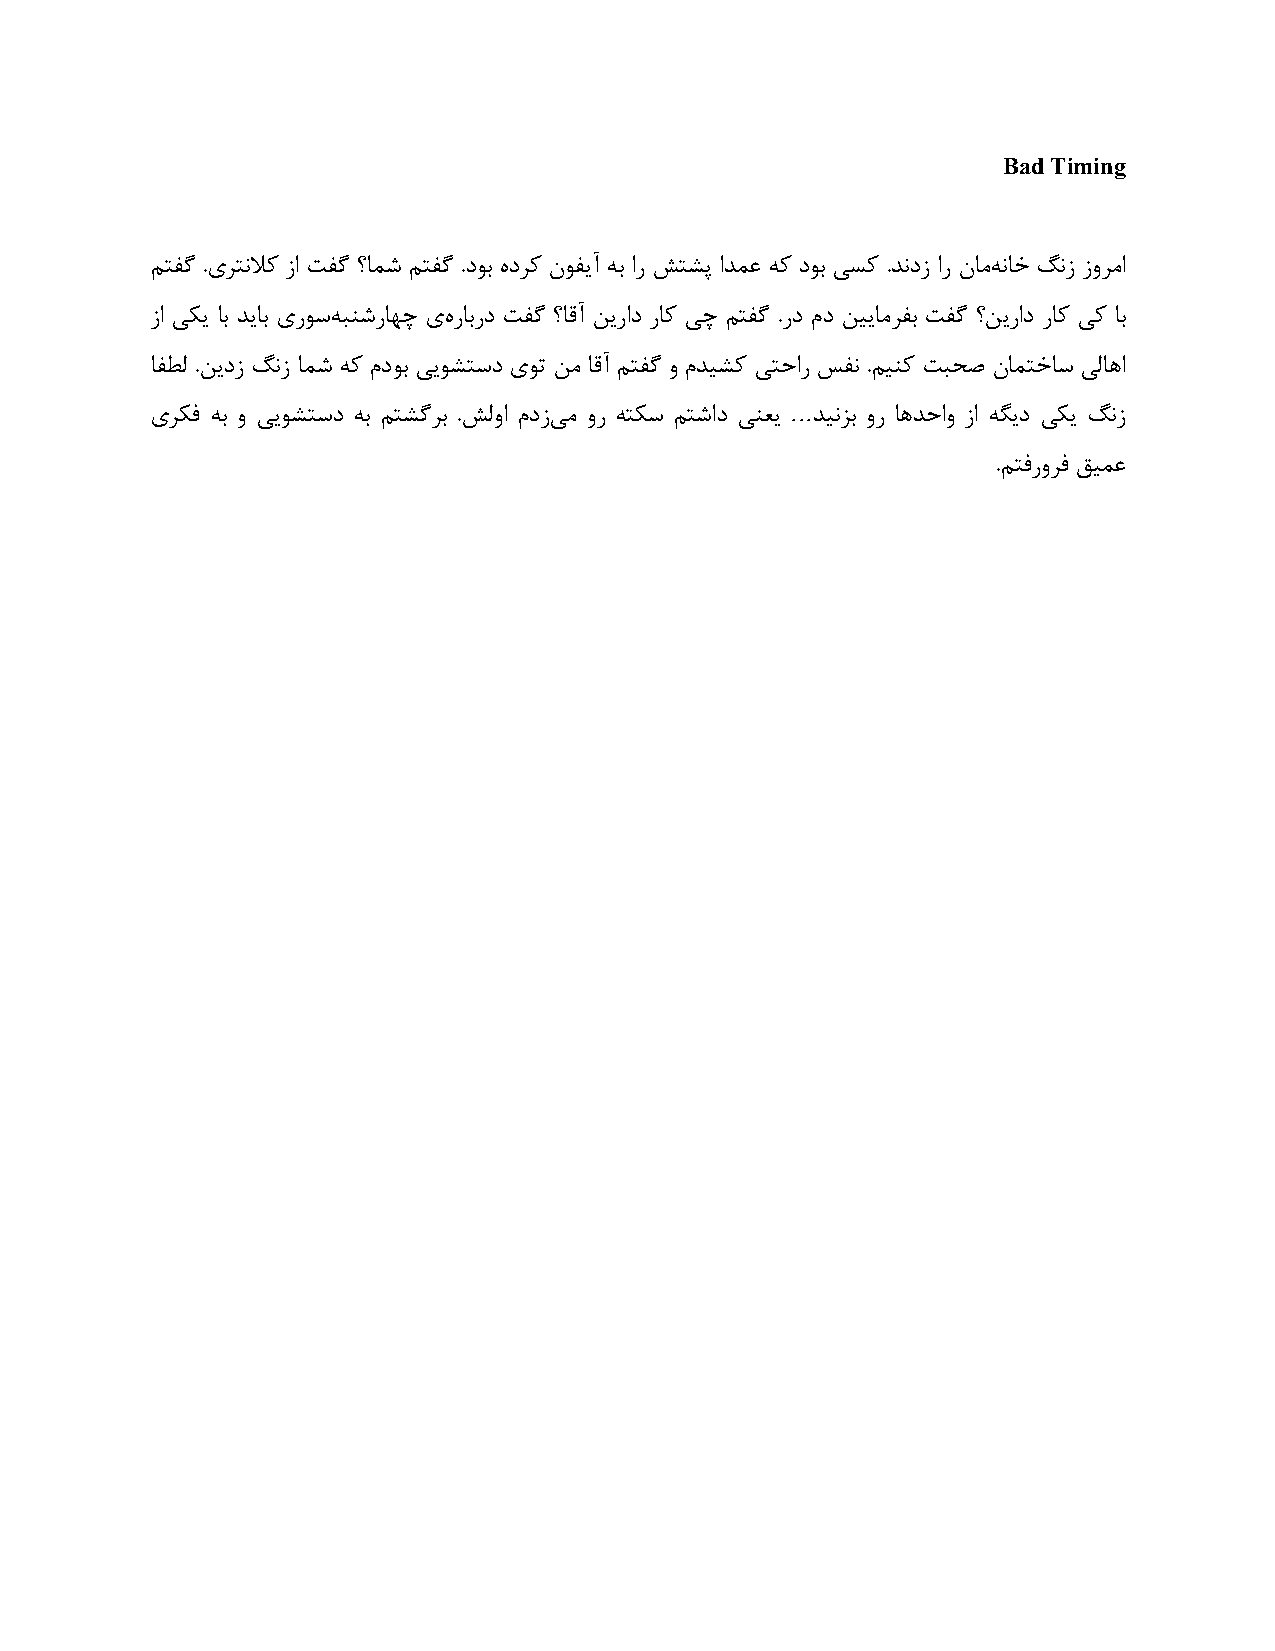
Bad Timing
 ٖتلُ .یلتٛلاً ما تلُ ؟بُ٘ ٖتلُ .ؿٞث ٟؿلً ٙٞلیآ ٠ث اك َتِپ اـ٘ػ ٠ً ؿٞث یًٌ .ـٛؿم اك ٙبٗ٠ ٛبؽ َٛم مٝلٗا
 ما یٌی بث ـیبث یكًٞ٠ جُٜكب٢ص یٟ كبثكؿ تلُ ؟بهآ ٚیكاؿ كبً یص ٖتلُ .كؿ ٕؿ ٚییبٗللث تلُ ؟ٚیكاؿ كبً یً بث
 بلٜٓ .ٚیؿم َٛم بُ٘ ٠ً ٕؿٞث ییِٞتًؿ یٞت ٚٗ بهآ ٖتلُ ٝ ٕـیًِ یتعاك يلٛ .ٖیًٜ تجغٓ ٙب٘تؽبً یٓب١ا
 ...
 یلٌك ٠ث ٝ ییِٞتًؿ ٠ث ٖتُِلث .َٓٝا ٕؿمی ٗ ٝك ٠تًٌ ٖتُاؿ یٜؼی ـیٛنث ٝك ب١ـعاٝ ما ٠ِیؿ یٌی َٛم
 .ٖتككٝلك نی٘ػ